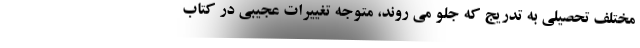
مختلف تحصیلی به تدریج که جلو می روند، متوجه تغییرات عجیبی در کتاب